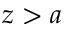
z > a